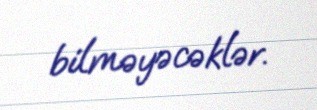
bilməyəcəklər.